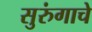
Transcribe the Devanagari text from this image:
सुरुंगाचे